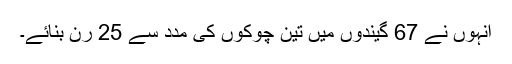
انہوں نے 67 گیندوں میں تین چوکوں کی مدد سے 25 رن بنائے۔